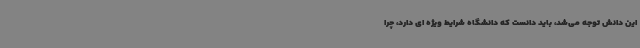
این دانش توجه می‌شد، باید دانست که دانشگاه شرایط ویژه ای دارد، چرا